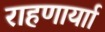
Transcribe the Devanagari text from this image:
राहणार्याा